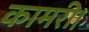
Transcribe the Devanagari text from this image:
कामरी।